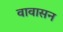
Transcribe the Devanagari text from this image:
वावासन